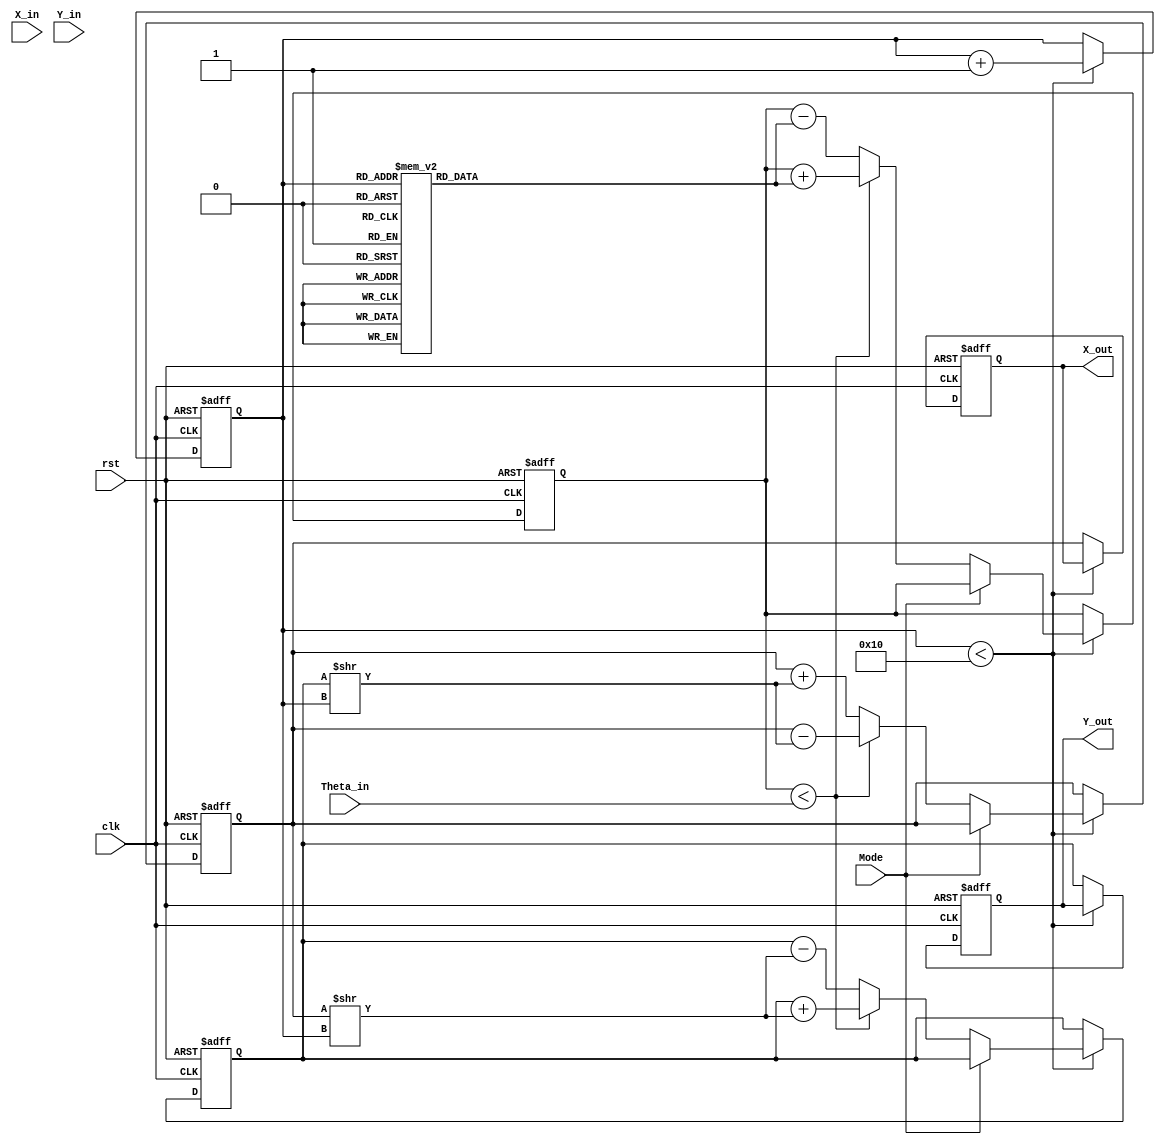
module complex_cordic(
    input  wire [15:0] X_in,      // Real part of input
    input  wire [15:0] Y_in,      // Imaginary part of input
    input  wire [15:0] Theta_in,  // Angle of rotation
    input  wire       Mode,       // Mode: 0 = rotation, 1 = vectoring
    input  wire       clk,        // Clock signal
    input  wire       rst,        // Reset signal
    output reg  [15:0] X_out,     // Real part of output
    output reg  [15:0] Y_out      // Imaginary part of output
);

    // Parameters
    parameter NUM_ITERATIONS = 16; // Number of iterations
    parameter ANGLE_TABLE_SIZE = 16; // Size of angle table

    // Internal registers
    reg [15:0] X_reg;
    reg [15:0] Y_reg;
    reg [15:0] Theta_reg;
    reg [3:0]  i; // Iteration counter

    // CORDIC angle table (in radians, fixed point representation)
    reg [15:0] angle_table [0:ANGLE_TABLE_SIZE-1];

    initial begin
        // Initialize the angle table with CORDIC angles
        angle_table[0] = 16'h0000; // atan(2^0) = 0
        angle_table[1] = 16'h3A3D; // atan(2^-1)
        angle_table[2] = 16'h1DAC; // atan(2^-2)
        angle_table[3] = 16'h0FB6; // atan(2^-3)
        angle_table[4] = 16'h05A8; // atan(2^-4)
        angle_table[5] = 16'h01D7; // atan(2^-5)
        angle_table[6] = 16'h007A; // atan(2^-6)
        angle_table[7] = 16'h001E; // atan(2^-7)
        angle_table[8] = 16'h0007; // atan(2^-8)
        angle_table[9] = 16'h0002; // atan(2^-9)
        angle_table[10] = 16'h0001; // atan(2^-10)
        angle_table[11] = 16'h0000; // atan(2^-11)
        angle_table[12] = 16'h0000; // atan(2^-12)
        angle_table[13] = 16'h0000; // atan(2^-13)
        angle_table[14] = 16'h0000; // atan(2^-14)
        angle_table[15] = 16'h0000; // atan(2^-15)
    end

    // State machine for CORDIC iterations
    always @(posedge clk or posedge rst) begin
        if (rst) begin
            X_reg <= 0;
            Y_reg <= 0;
            Theta_reg <= 0;
            i <= 0;
            X_out <= 0;
            Y_out <= 0;
        end else begin
            if (i < NUM_ITERATIONS) begin
                // CORDIC iteration logic
                if (Mode == 0) begin // Rotation Mode
                    if (Theta_reg < Theta_in) begin
                        // Rotate counter-clockwise
                        X_reg <= X_reg - (Y_reg >> i);
                        Y_reg <= Y_reg + (X_reg >> i);
                        Theta_reg <= Theta_reg + angle_table[i];
                    end else begin
                        // Rotate clockwise
                        X_reg <= X_reg + (Y_reg >> i);
                        Y_reg <= Y_reg - (X_reg >> i);
                        Theta_reg <= Theta_reg - angle_table[i];
                    end
                end else begin // Vectoring Mode
                    // Implement vectoring mode logic here if needed
                end
                i <= i + 1;
            end else begin
                // Final Output after iterations
                X_out <= X_reg;
                Y_out <= Y_reg;
            end
        end
    end

endmodule